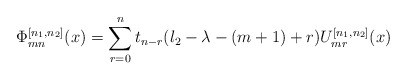
\begin{align*}\Phi_{mn}^{[n_1,n_2]}(x) = \sum^n_{r=0} t_{n-r} (l_2-\lambda - (m+1) + r) U_{mr}^{[n_1,n_2]}(x)\end{align*}